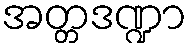
အတ္တဒဏ္ဍာ